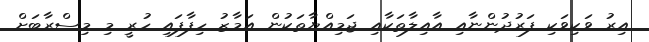
އިރު ވަކިވަކި ފަރުދުންނާއި އާއިލާތަކާއި ޖަމިއްޔާތަކުން އަމާޒު ހިފާފައި ހުރީ މި މިސްރާބަށް